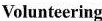
Volunteering